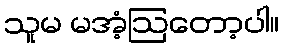
သူမ မအံ့ဩတော့ပါ။